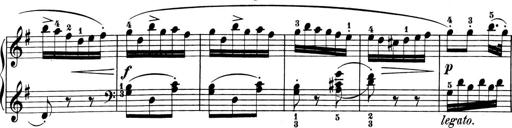
Title: 6 Piano Sonatinas
Composer: Cornelius Gurlitt